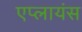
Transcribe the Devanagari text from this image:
एप्लायंस